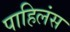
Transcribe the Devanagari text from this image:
पाहिलंस